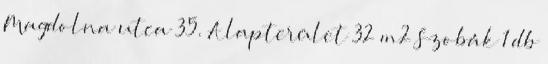
Magdolna utca 35. Alapterület 32 m2 Szobák 1 db